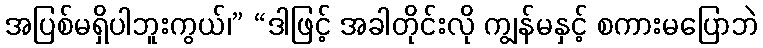
အပြစ်မရှိပါဘူးကွယ်၊” “ဒါဖြင့် အခါတိုင်းလို ကျွန်မနှင့် စကားမပြောဘဲ